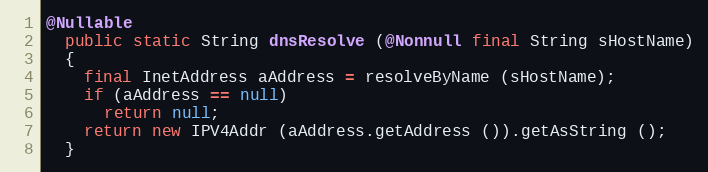
Language: Java
@Nullable
  public static String dnsResolve (@Nonnull final String sHostName)
  {
    final InetAddress aAddress = resolveByName (sHostName);
    if (aAddress == null)
      return null;
    return new IPV4Addr (aAddress.getAddress ()).getAsString ();
  }